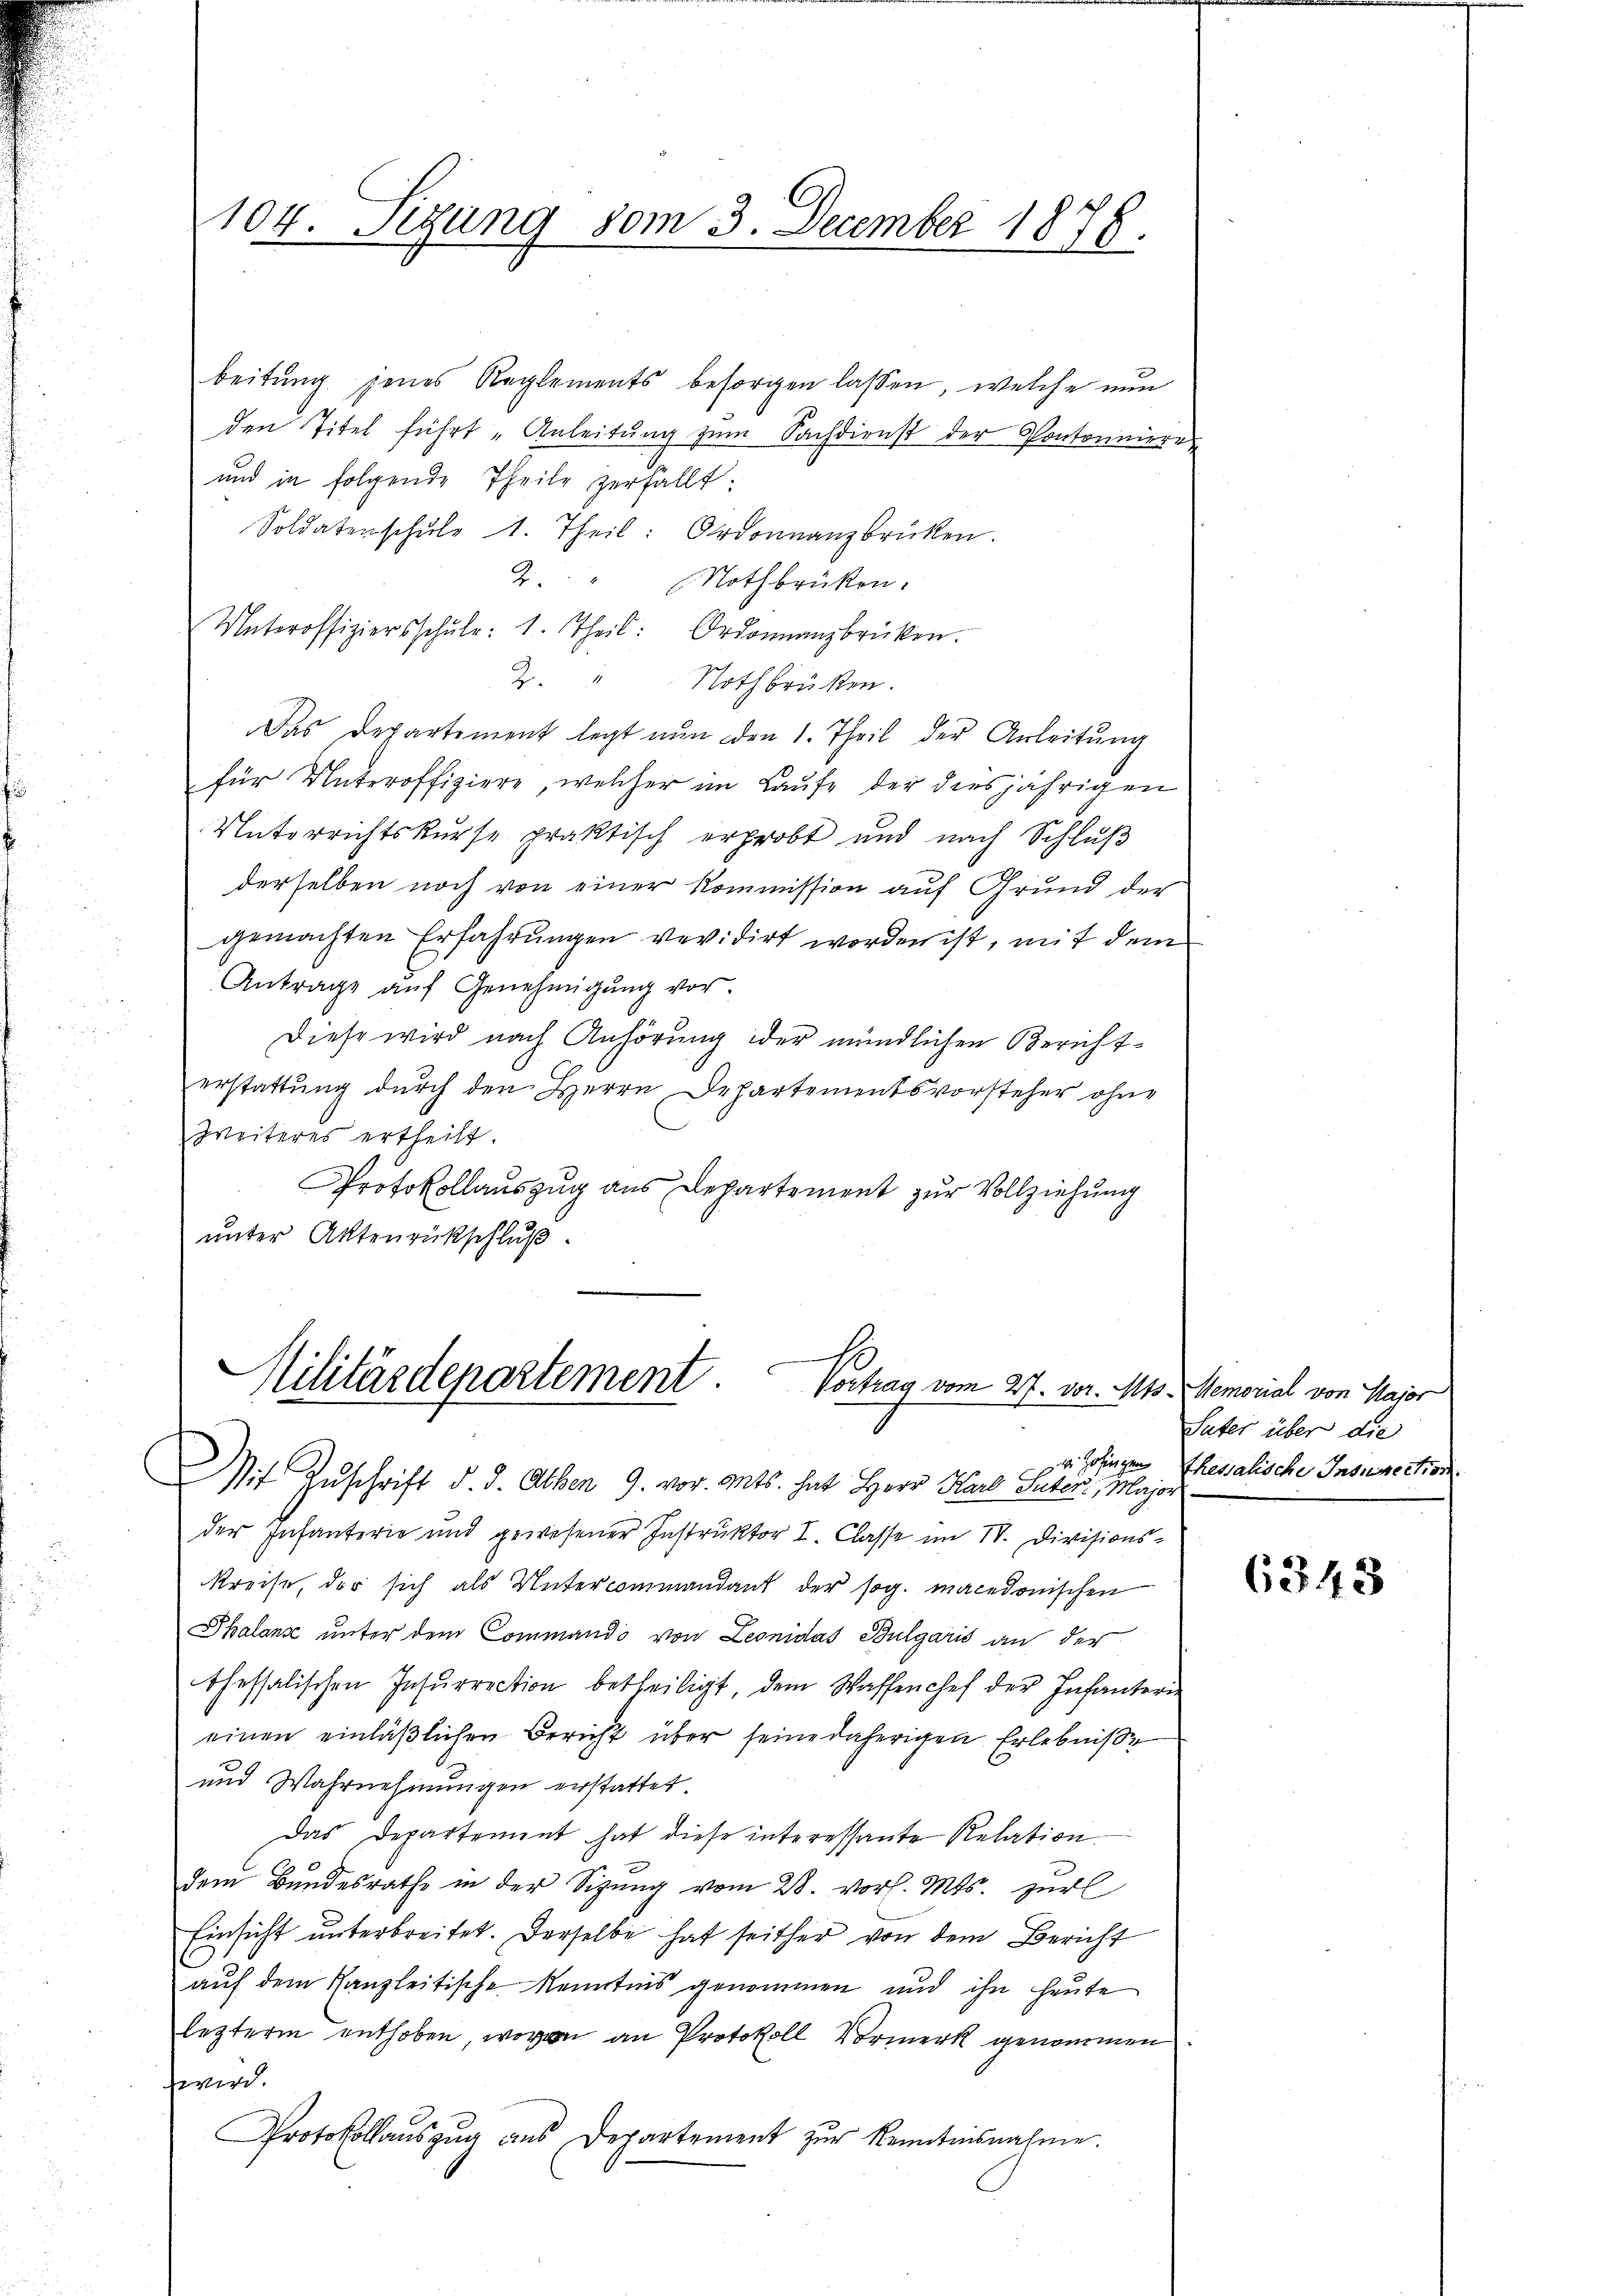
104. Sizung vom 3. December 1878.

beitung jenes Reglements besorgen lassen, welche nun
den Titel führt „Anleitŭng zum Sachdienst der Pontoniere
und in folgende Theile zerfällt:
Soldatenschŭle 1. Theil: Ordonnanzbrüken.
2. " Nothbrücken.
Unteroffiziersschŭle: 1. Theil. Ordonnanzbrücken.
2. " Nothbrüken.
Das Departement legt nun den 1. Theil der Anleitung
für Unteroffiziere, welcher im Laufe der diesjährigen
Unterrichtskurse praktisch erprobt und nach Schlŭβ
derselben noch von einer Kommission auf Grund der
gemachten Erfahrungen revidirt worden ist, mit dem
Antrage aŭf Genehmigŭng vor.
Diese wird nach Anhörung der mündlichen Berichterstattung durch den Herrn Departementsvorsteher ohne
Weiteres ertheilt.
Protokollauszug aus Departement zur Vollziehung
unter Aktenrückschluß.

e
Militärdepartement. Vortrag vom 27. vor. Mts. Memorial von Major
v. Zofingen
Mit Zuschrift d. d. Alben 9. vor. Mts. hat Herr Karl Suter, Major

der Infanterie und gewesener Instruktor I. Classe im IV. Divisions-
kreise, der sich als Untercommandant der sog. Macedonischen
Thalanz unter dem Commando von Leonidas Bulgaris an der
thessalischen Insŭrrection betheiligt, dem Waffenchef der Infanterie
einen einläßlichen Bericht über seine daherigen Erlebniße
und Wahrnehmungen erstattet.
Das Departement hat diese interessante Relation
u
dem Bundesrathe in der Sigŭng vom 28. vor. Mts. zur
Einsicht unterbreitet. Derselbe hat seither von dem Bericht
auf dem Kanzleitische Kenntnis genommen und ihn heute
lezterm enthoben, wovon an Protokoll Vormerk genommen
wird.
Protokollauszug aus Departement zŭr Kenntnisnahme.

Suter über die
thessalische Inspection

6348